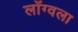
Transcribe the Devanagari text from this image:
लाँग्वला